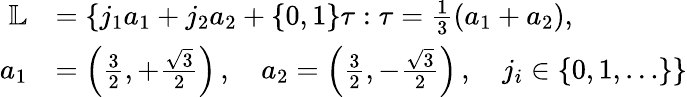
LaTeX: \begin{array}{rl}{\mathbb{L}}&{=\{ j_{1}a_{1}+j_{2}a_{2}+\{ 0,1\} \tau:\tau=\frac{1}{3}(a_{1}+a_{2}),}\\ {a_{1}}&{=\left(\frac{3}{2},+\frac{\sqrt{3}}{2}\right)\, ,\quad a_{2}=\left(\frac{3}{2},-\frac{\sqrt{3}}{2}\right)\, ,\quad j_{i}\in\{ 0,1,\ldots\} \} }\end{array}